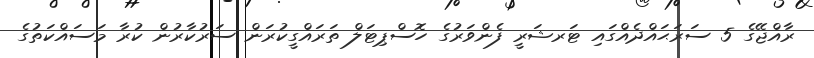
ރާއްޖޭގެ 5 ސަރަޙައްދެއްގައި ޓަރޝަރީ ފެންވަރުގެ ހޮސްޕިޓަލް ތަރައްގީކުރަން ސަރުކާރުން ކުރާ މަސައްކަތުގެ